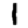
Digit: 1